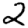
Digit: 2